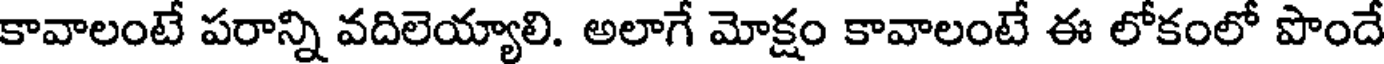
కావాలంటే పరాన్ని వదిలెయ్యాలి. అలాగే మోక్షం కావాలంటే ఈ లోకంలో పొందే